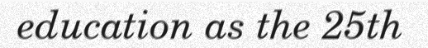
education as the 25th